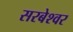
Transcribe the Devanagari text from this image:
सरबेश्‍वर